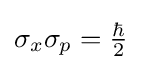
{\textstyle \sigma _{x}\sigma _{p}={\frac {\hbar }{2}}}